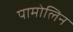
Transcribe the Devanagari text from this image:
पामोलिन